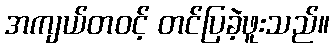
အကျယ်တဝင့် တင်ပြခဲ့ဖူးသည်။